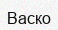
Васко